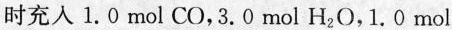
时充入1.0mol CO，3.0mol H_{2}O，1.0mol